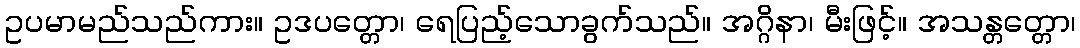
ဥပမာမည်သည်ကား။ ဥဒပတ္တော၊ ရေပြည့်သောခွက်သည်။ အဂ္ဂိနာ၊ မီးဖြင့်။ အသန္တတ္တော၊